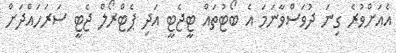
އެއަށްވުރެ ގިނަ ދުވަސްވާނަމަ އެ ބޯޓުތައް ޓީޖެޓީ އަދި ޕެޓްރޯލް ޖެޓީ ސަރަހައްދަށް